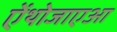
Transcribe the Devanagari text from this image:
ऐंथोजाएआ